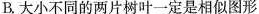
B.大小不同的两片树叶一定是相似图形